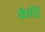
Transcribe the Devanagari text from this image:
केडि